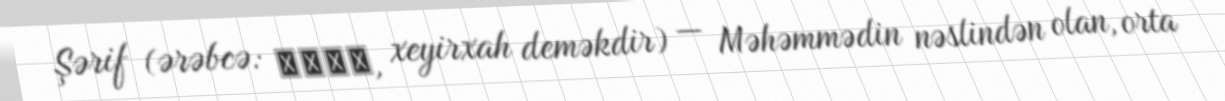
Şərif (ərəbcə: شريف, xeyirxah deməkdir) — Məhəmmədin nəslindən olan, orta